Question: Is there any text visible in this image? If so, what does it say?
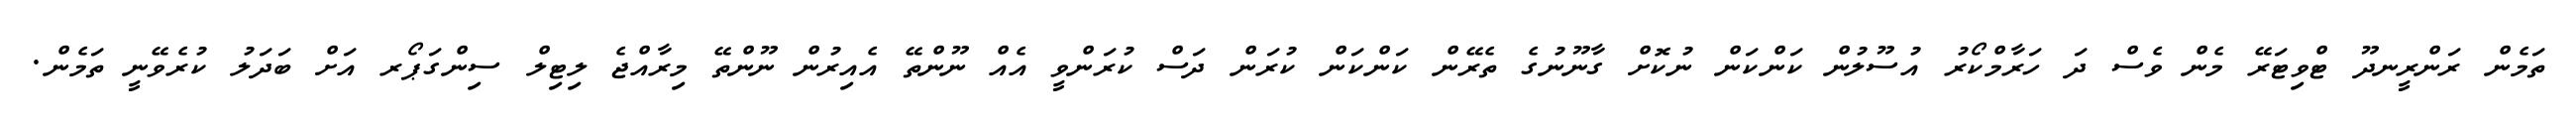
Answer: ތަމެން ރަންރީނދޫ ޓްވިޓަރޭ މެން ވެސް ދަ ހަރާމްކޯރު އުސޫލުން ކަންކަން ނުކޮށް ގާނޫނުގެ ތެރޭން ކަންކަން ކުރަން ދަސް ކުރަންވީ އެއް ނޫންތޭ އެއިރުން ނޫންތޭ މިރާއްޖެ ލިޓިލް ސިންގަޕޯރ އަށް ބަދަލު ކުރެވޭނީ ތަމެން.